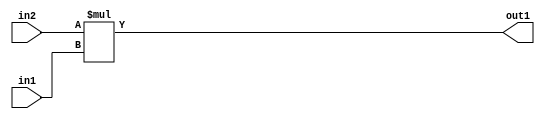
`timescale 1ps / 1ps
/*****************************************************************************
    Verilog RTL Description
    
    
    Created by: Stratus DpOpt 21.05.01 
*******************************************************************************/

module SobelFilter_Mul_24Ux10U_34U_4 (
	in2,
	in1,
	out1
	); /* architecture "behavioural" */ 
input [23:0] in2;
input [9:0] in1;
output [33:0] out1;
wire [33:0] asc001;

assign asc001 = 
	+(in2 * in1);

assign out1 = asc001;
endmodule

/* CADENCE  urn0SQ8= : u9/ySxbfrwZIxEzHVQQV8Q== ** DO NOT EDIT THIS LINE ******/